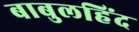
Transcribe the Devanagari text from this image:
बाबुलहिंद